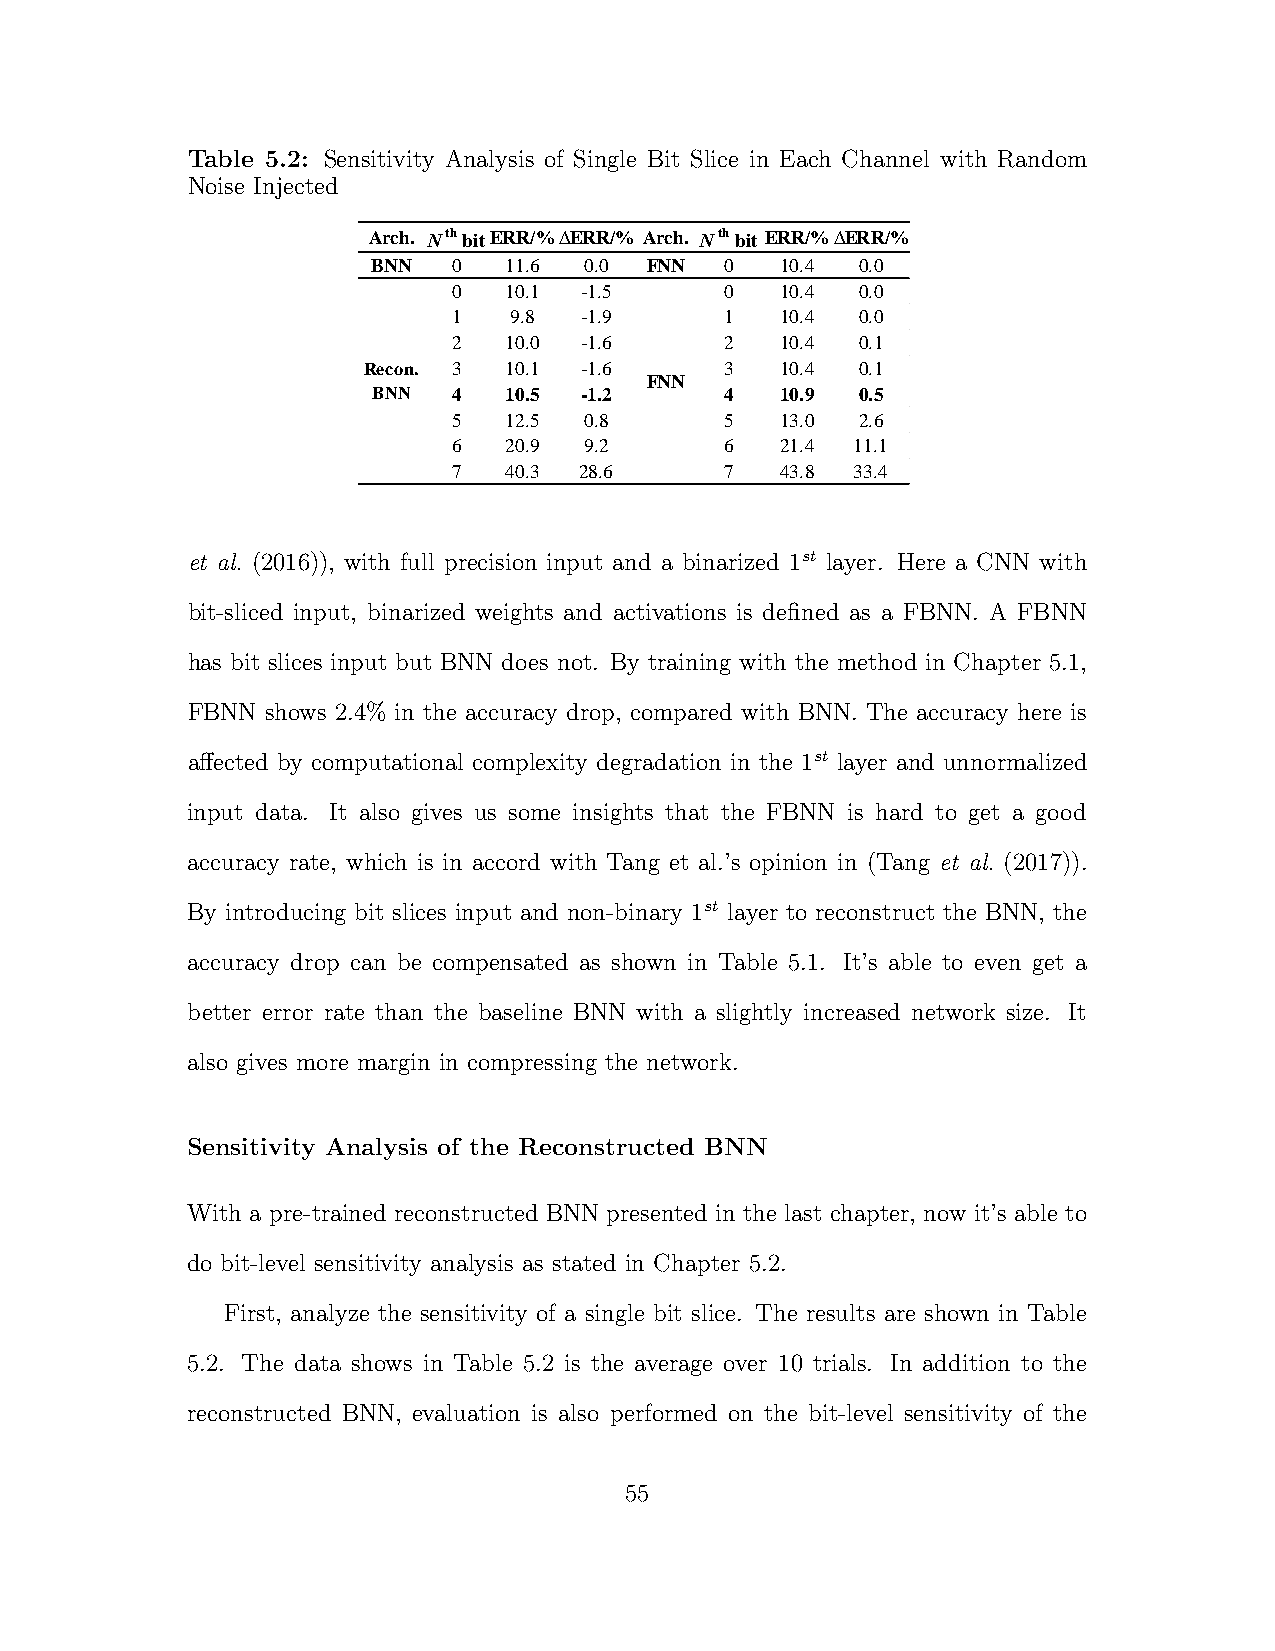
Table 5.2: Sensitivity Analysis of Single Bit Slice in Each Channel with Random
 Noise Injected
 Arch. Nth bitERR/%∆ERR/% Arch. Nth bit ERR/%∆ERR/%
 BNN  0  11.6  0.0 FNN  0   10.4 0.0
 0  10.1 -1.5      0   10.4 0.0
 1   9.8 -1.9      1   10.4 0.0
 2  10.0 -1.6      2   10.4 0.1
 Recon. 3 10.1 -1.6      3   10.4 0.1
 FNN
 BNN  4  10.5 -1.2      4   10.9 0.5
 5  12.5  0.8      5   13.0 2.6
 6  20.9  9.2      6   21.4 11.1
 7  40.3 28.6      7   43.8 33.4
 et al. (2016)), with full precision input and a binarized 1st layer. Here a CNN with
 bit-sliced input, binarized weights and activations is defined as a FBNN. A FBNN
 has bit slices input but BNN does not. By training with the method in Chapter 5.1,
 FBNN  shows 2.4% in the accuracy drop, compared with BNN. The accuracy here is
 affected by computational complexity degradation in the 1st layer and unnormalized
 input data. It also gives us some insights that the FBNN is hard to get a good
 accuracy rate, which is in accord with Tang et al.’s opinion in (Tang et al. (2017)).
 By introducing bit slices input and non-binary 1st layer to reconstruct the BNN, the
 accuracy drop can be compensated as shown in Table 5.1. It’s able to even get a
 better error rate than the baseline BNN with a slightly increased network size. It
 also gives more margin in compressing the network.
 Sensitivity Analysis of the Reconstructed BNN
 With a pre-trained reconstructed BNN presented in the last chapter, now it’s able to
 do bit-level sensitivity analysis as stated in Chapter 5.2.
 First, analyze the sensitivity of a single bit slice. The results are shown in Table
 5.2. The data shows in Table 5.2 is the average over 10 trials. In addition to the
 reconstructed BNN, evaluation is also performed on the bit-level sensitivity of the
 55